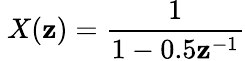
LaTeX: \ X(\mathbf{z})={\frac{{1}}{{1-0.5\mathbf{z}^{-1}}}}